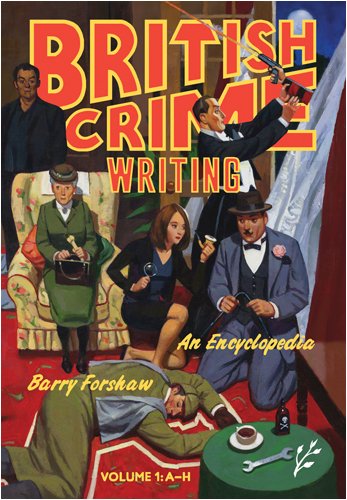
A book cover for British Crime Writing: An Encyclopedia [2 volumes]; Barry Forshaw; Mystery, Thriller & Suspense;